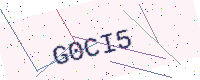
Text: G0CI5